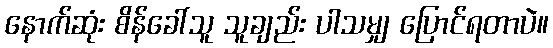
နောက်ဆုံး စိန်ခေါ်သူ သူချည်း ပါသမျှ ပြောင်ရတာပဲ။